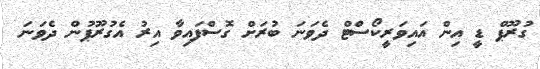
ގުރޫޕް ޑީ އިން އައިވަރީކޯސްޓް ދެވަނަ ބުރަށް ގޮސްފައިވާ އިރު އެގުރޫޕުން ދެވަނަ